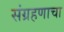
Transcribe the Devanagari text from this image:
संग्रहणाचा